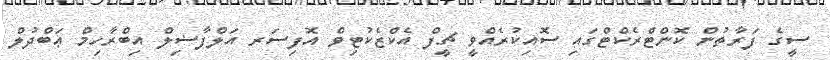
ސީގެ ފަރާތުން ކޮންޓްރެކްޓްގައި ސޮއިކުރެއްވީ ޗީފް އެކްޒެކުޓިވް އޮފިސަރ އަލްފާޟިލް އިބްރާހިމް ޢަބްދުލް